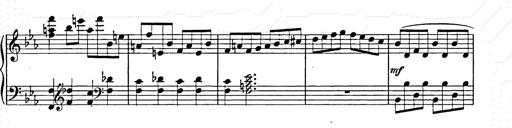
Title: Allegro di bravura
Composer: Carl Maria von Weber
Key: D major